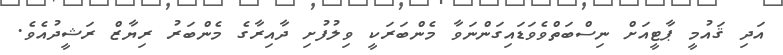
އަދި ޤައުމީ ޕާޓީއަށް ނިސްބަތްވެވަޑައިގަންނަވާ މެންބަރަކީ ވިލުފުށި ދާއިރާގެ މެންބަރު ރިޔާޒް ރަޝީދުއެވެ.